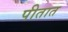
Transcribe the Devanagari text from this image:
पीतात